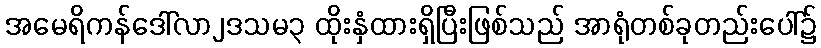
အမေရိကန်ဒေါ်လာ၂ဒသမ၃ ထိုးနှံထားရှိပြီးဖြစ်သည် အာရုံတစ်ခုတည်းပေါ်၌